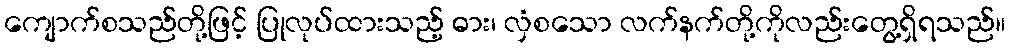
ကျောက်စသည်တို့ဖြင့် ပြုလုပ်ထားသည့် ဓား၊ လှံစသော လက်နက်တို့ကိုလည်းတွေ့ရှိရသည်။